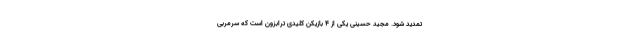
تمدید شود. مجید حسینی یکی از 4 بازیکن کلیدی ترابزون است که سرمربی